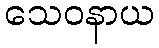
သေဝနာယ